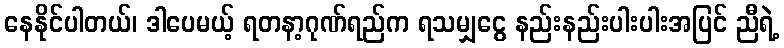
နေနိုင်ပါတယ်၊ ဒါပေမယ့် ရတနာ့ဂုဏ်ရည်က ရသမျှငွေ နည်းနည်းပါးပါးအပြင် ညီရဲ့